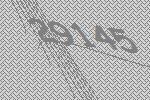
29145